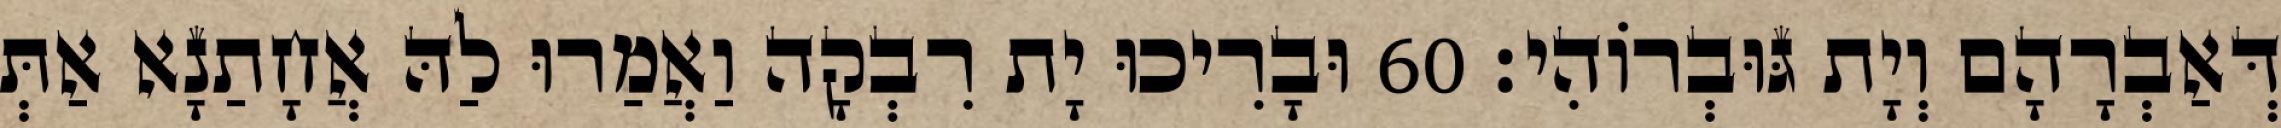
דְּאַבְרָהָם וְיָת גּוּבְרוֹהִי׃ 60 וּבָרִיכוּ יָת רִבְקָה וַאֲמַרוּ לַהּ אֲחָתַנָא אַתְּ